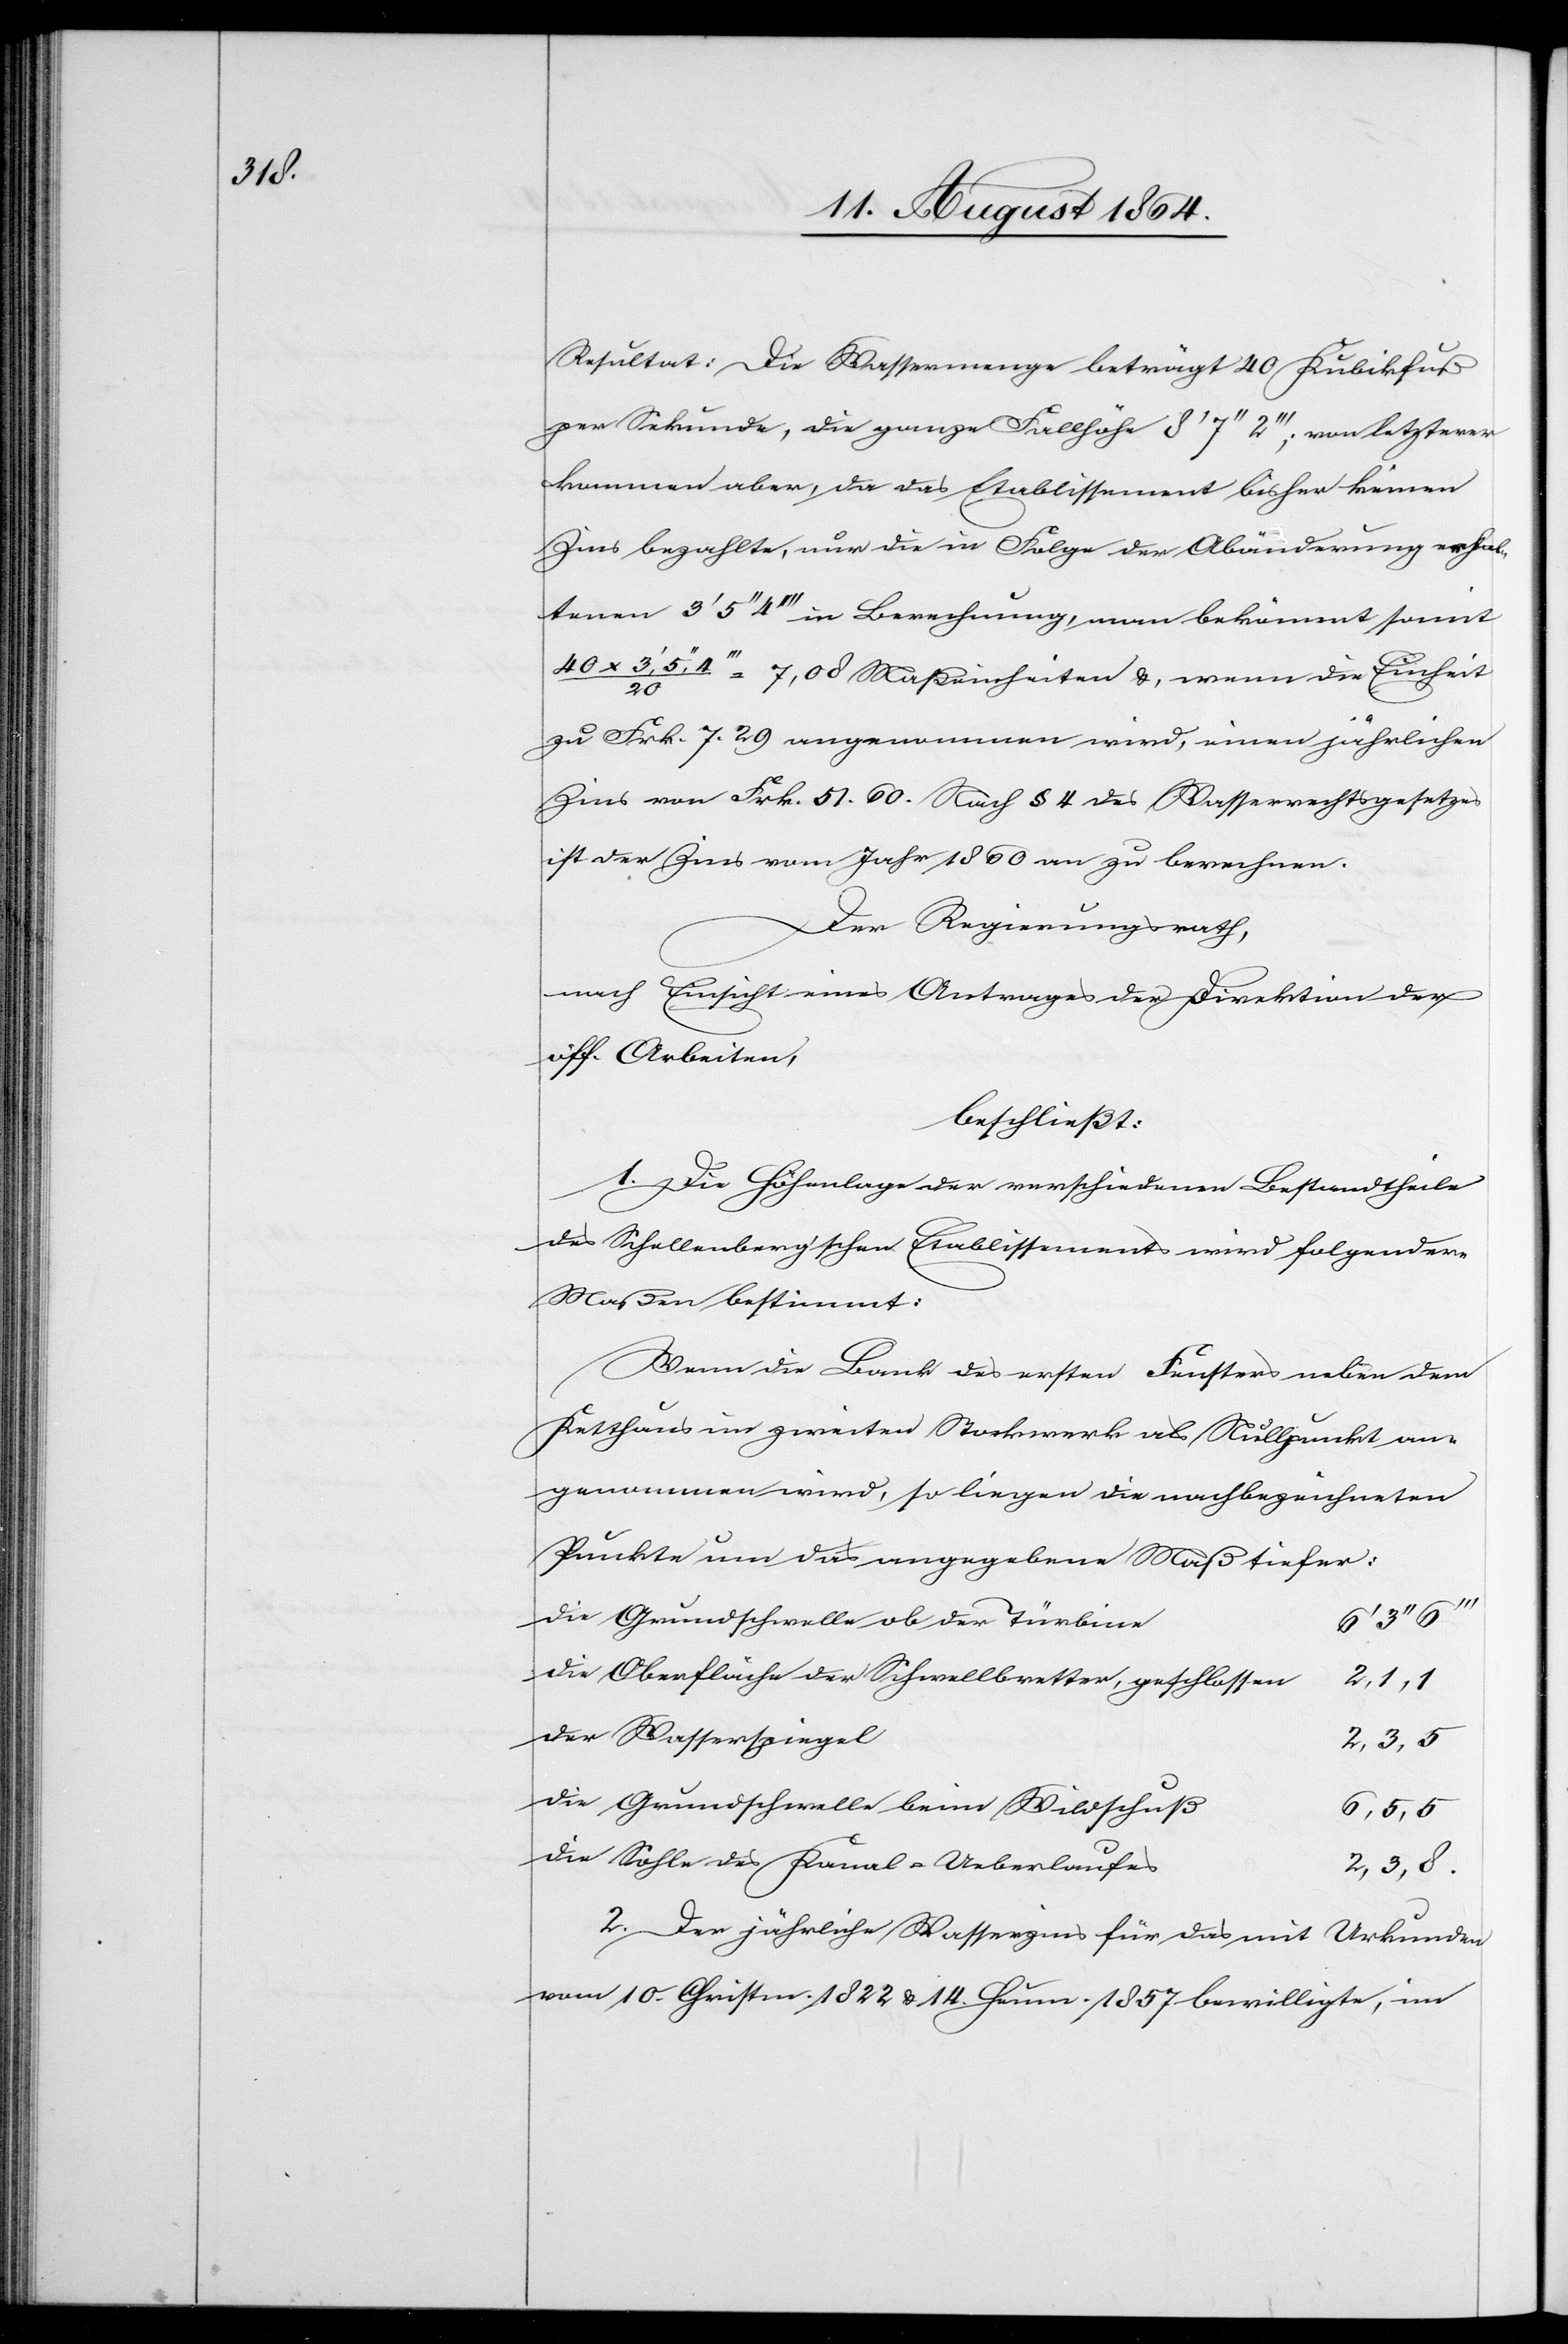
5, 5

Resultat: Die Wassermenge beträgt 40 Kubikfuß
per Sekunde, die ganze Fallhöhe 8’ 7’’ 2’’’; von letzterer
kommen aber, da das Etablissement bisher keinen
Zins bezahlte, nur die in Folge der Abänderung erhal¬
tenen 3’ 5’’ 4’’’ in Berechnung, man bekömmt somit
4’’’/20 = 7,08 Maßeinheiten &, wenn die Einheit
zu Frk. 7,29 angenommen wird, einen jährlichen
Zins von Frk. 51,60. Nach § 4 des Wasserrechtsgesetzes
ist der Zins vom Jahr 1860 an zu berechnen.
Der Regierungsrath,
nach Einsicht eines Antrages der Direktion der
öff. Arbeiten,
beschließt:
1. Die Höhenlage der verschiedenen Bestandtheile
des Schellenberg’schen Etablissements wird folgender
Maßen bestimmt:
Wenn die Bank des ersten Fensters neben dem
Ketthaus im zweiten Stockwerk als Nullpunkt an¬
genommen wird, so liegen die nachbezeichneten
Punkte um dies angegebene Maß tiefer:
die Grundschwelle ob der Türbine	6’
die Oberfläche der Schwellbretter, geschlossen	2,
l		2,
der Wasserspiege¬
die Sohle des Kanal-Ueberlaufe¬
s	2, 3, 8.
2. Der jährliche Wasserzins für das mit Urkunden
vom 10. Christm. 1822 & 14. Heum. 1857 bewilligte, im

40